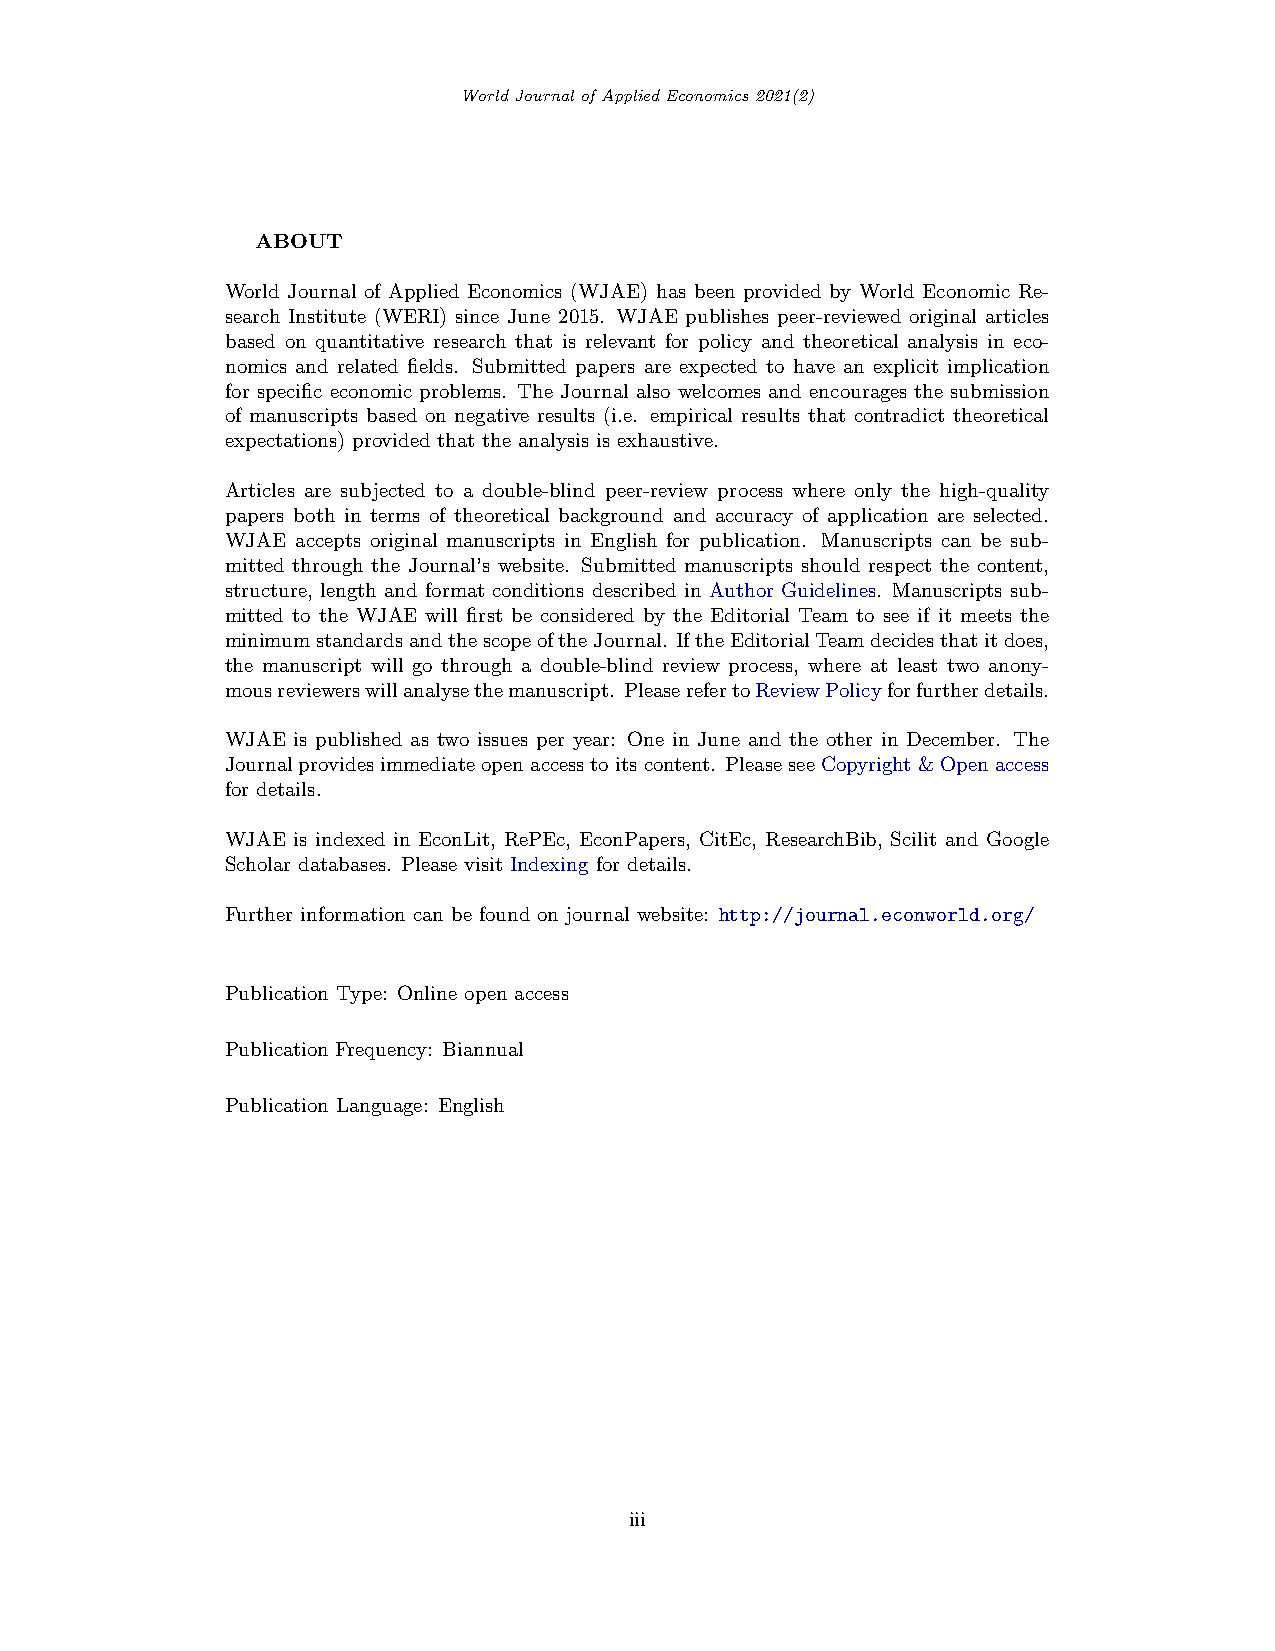
World Journal of Applied Economics 2021(2)
 ABOUT
 World Journal of Applied Economics (WJAE) has been provided by World Economic Re-
 search Institute (WERI) since June 2015. WJAE publishes peer-reviewed original articles
 based on quantitative research that is relevant for policy and theoretical analysis in eco-
 nomics and related fields. Submitted papers are expected to have an explicit implication
 for specific economic problems. The Journal also welcomes and encourages the submission
 of manuscripts based on negative results (i.e. empirical results that contradict theoretical
 expectations) provided that the analysis is exhaustive.
 Articles are subjected to a double-blind peer-review process where only the high-quality
 papers both in terms of theoretical background and accuracy of application are selected.
 WJAE accepts original manuscripts in English for publication. Manuscripts can be sub-
 mitted through the Journal’s website. Submitted manuscripts should respect the content,
 structure, length and format conditions described in Author Guidelines. Manuscripts sub-
 mitted to the WJAE will first be considered by the Editorial Team to see if it meets the
 minimumstandardsandthescopeoftheJournal. IftheEditorialTeamdecidesthatitdoes,
 the manuscript will go through a double-blind review process, where at least two anony-
 mousreviewerswillanalysethemanuscript. PleaserefertoReviewPolicyforfurtherdetails.
 WJAE is published as two issues per year: One in June and the other in December. The
 Journalprovidesimmediateopenaccesstoitscontent. PleaseseeCopyright&Openaccess
 for details.
 WJAE is indexed in EconLit, RePEc, EconPapers, CitEc, ResearchBib, Scilit and Google
 Scholar databases. Please visit Indexing for details.
 Further information can be found on journal website: http://journal.econworld.org/
 Publication Type: Online open access
 Publication Frequency: Biannual
 Publication Language: English
 iii